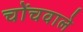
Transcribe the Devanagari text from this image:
चोंचवाले